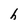
Character: h